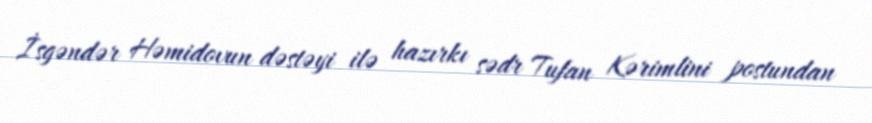
İsgəndər Həmidovun dəstəyi ilə hazırkı sədr Tufan Kərimlini postundan